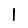
Digit: 1